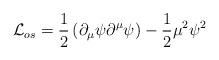
LaTeX: \begin{align*}\mathcal{L}_{os}=\frac{1}{2}\left( \partial _{\mu }\psi \partial ^{\mu }\psi\right) -\frac{1}{2}\mu ^{2}\psi ^{2} \end{align*}